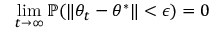
\operatorname* { l i m } _ { t \to \infty } \mathbb { P } ( \| \theta _ { t } - \theta ^ { * } \| < \epsilon ) = 0